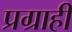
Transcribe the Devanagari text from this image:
प्रग्राही